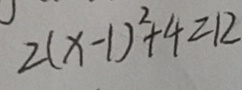
2 ( x - 1 ) ^ { 2 } + 4 = 1 2